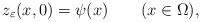
\begin{align*}z_\varepsilon(x,0)=\psi(x) \qquad(x\in \Omega),\end{align*}